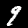
Label: 9